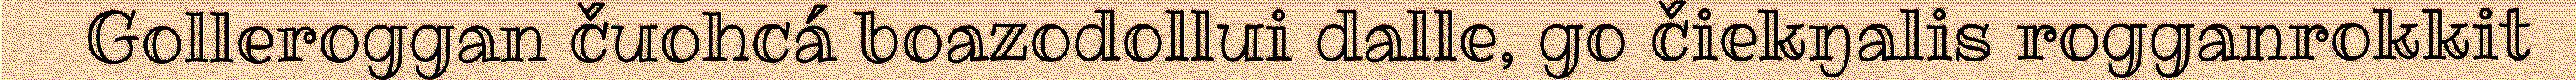
Golleroggan čuohcá boazodollui dalle, go čiekŋalis rogganrokkit